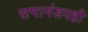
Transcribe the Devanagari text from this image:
सभामंडपही